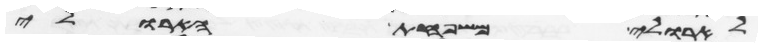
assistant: לארולי משפחת הארולי